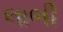
લાભી